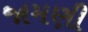
જામણી